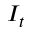
I _ { t }